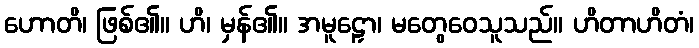
ဟောတိ၊ ဖြစ်၏။ ဟိ၊ မှန်၏။ အမူဠှော၊ မတွေဝေသူသည်။ ဟိတာဟိတံ၊